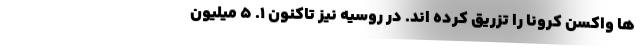
ها واکسن کرونا را تزریق کرده اند. در روسیه نیز تاکنون 1. 5 میلیون